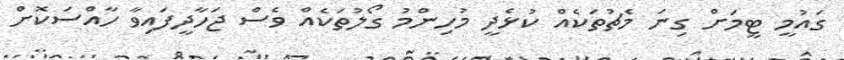
ގައުމީ ޓީމަށް ގިނަ މެޗުތަކެއް ކުޅެދީ މުހިންމު ގޯލުތަކެއް ވެސް ޖަހާދީފައިވާ ހާއްސަކޮށް